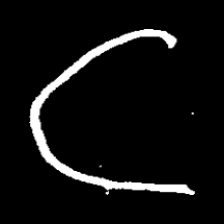
Pyu character \u2014 Myanmar letter: ဋ (romanized: tta)